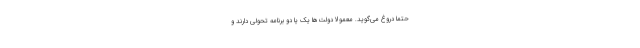
حتماً دروغ می‌گوید. معمولاً دولت‌ها یک یا دو برنامه تحولی دارند و